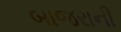
બાજરાની